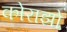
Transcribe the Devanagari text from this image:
कोराझो